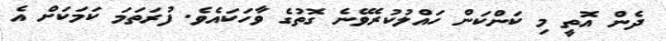
ދެން އޮތީ މި ކަންކަން ހައްލުކުރެވޭނެ ގޮތުގެ ވާހަކައެވެ. ފުރަތަމަ ކަމަކަށް އެ